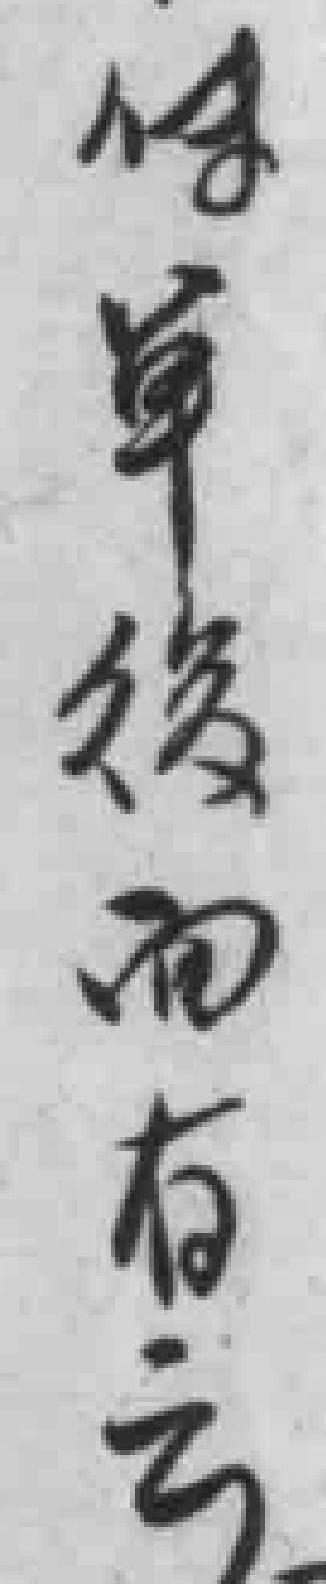
传单後面有云